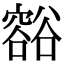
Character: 𧯉